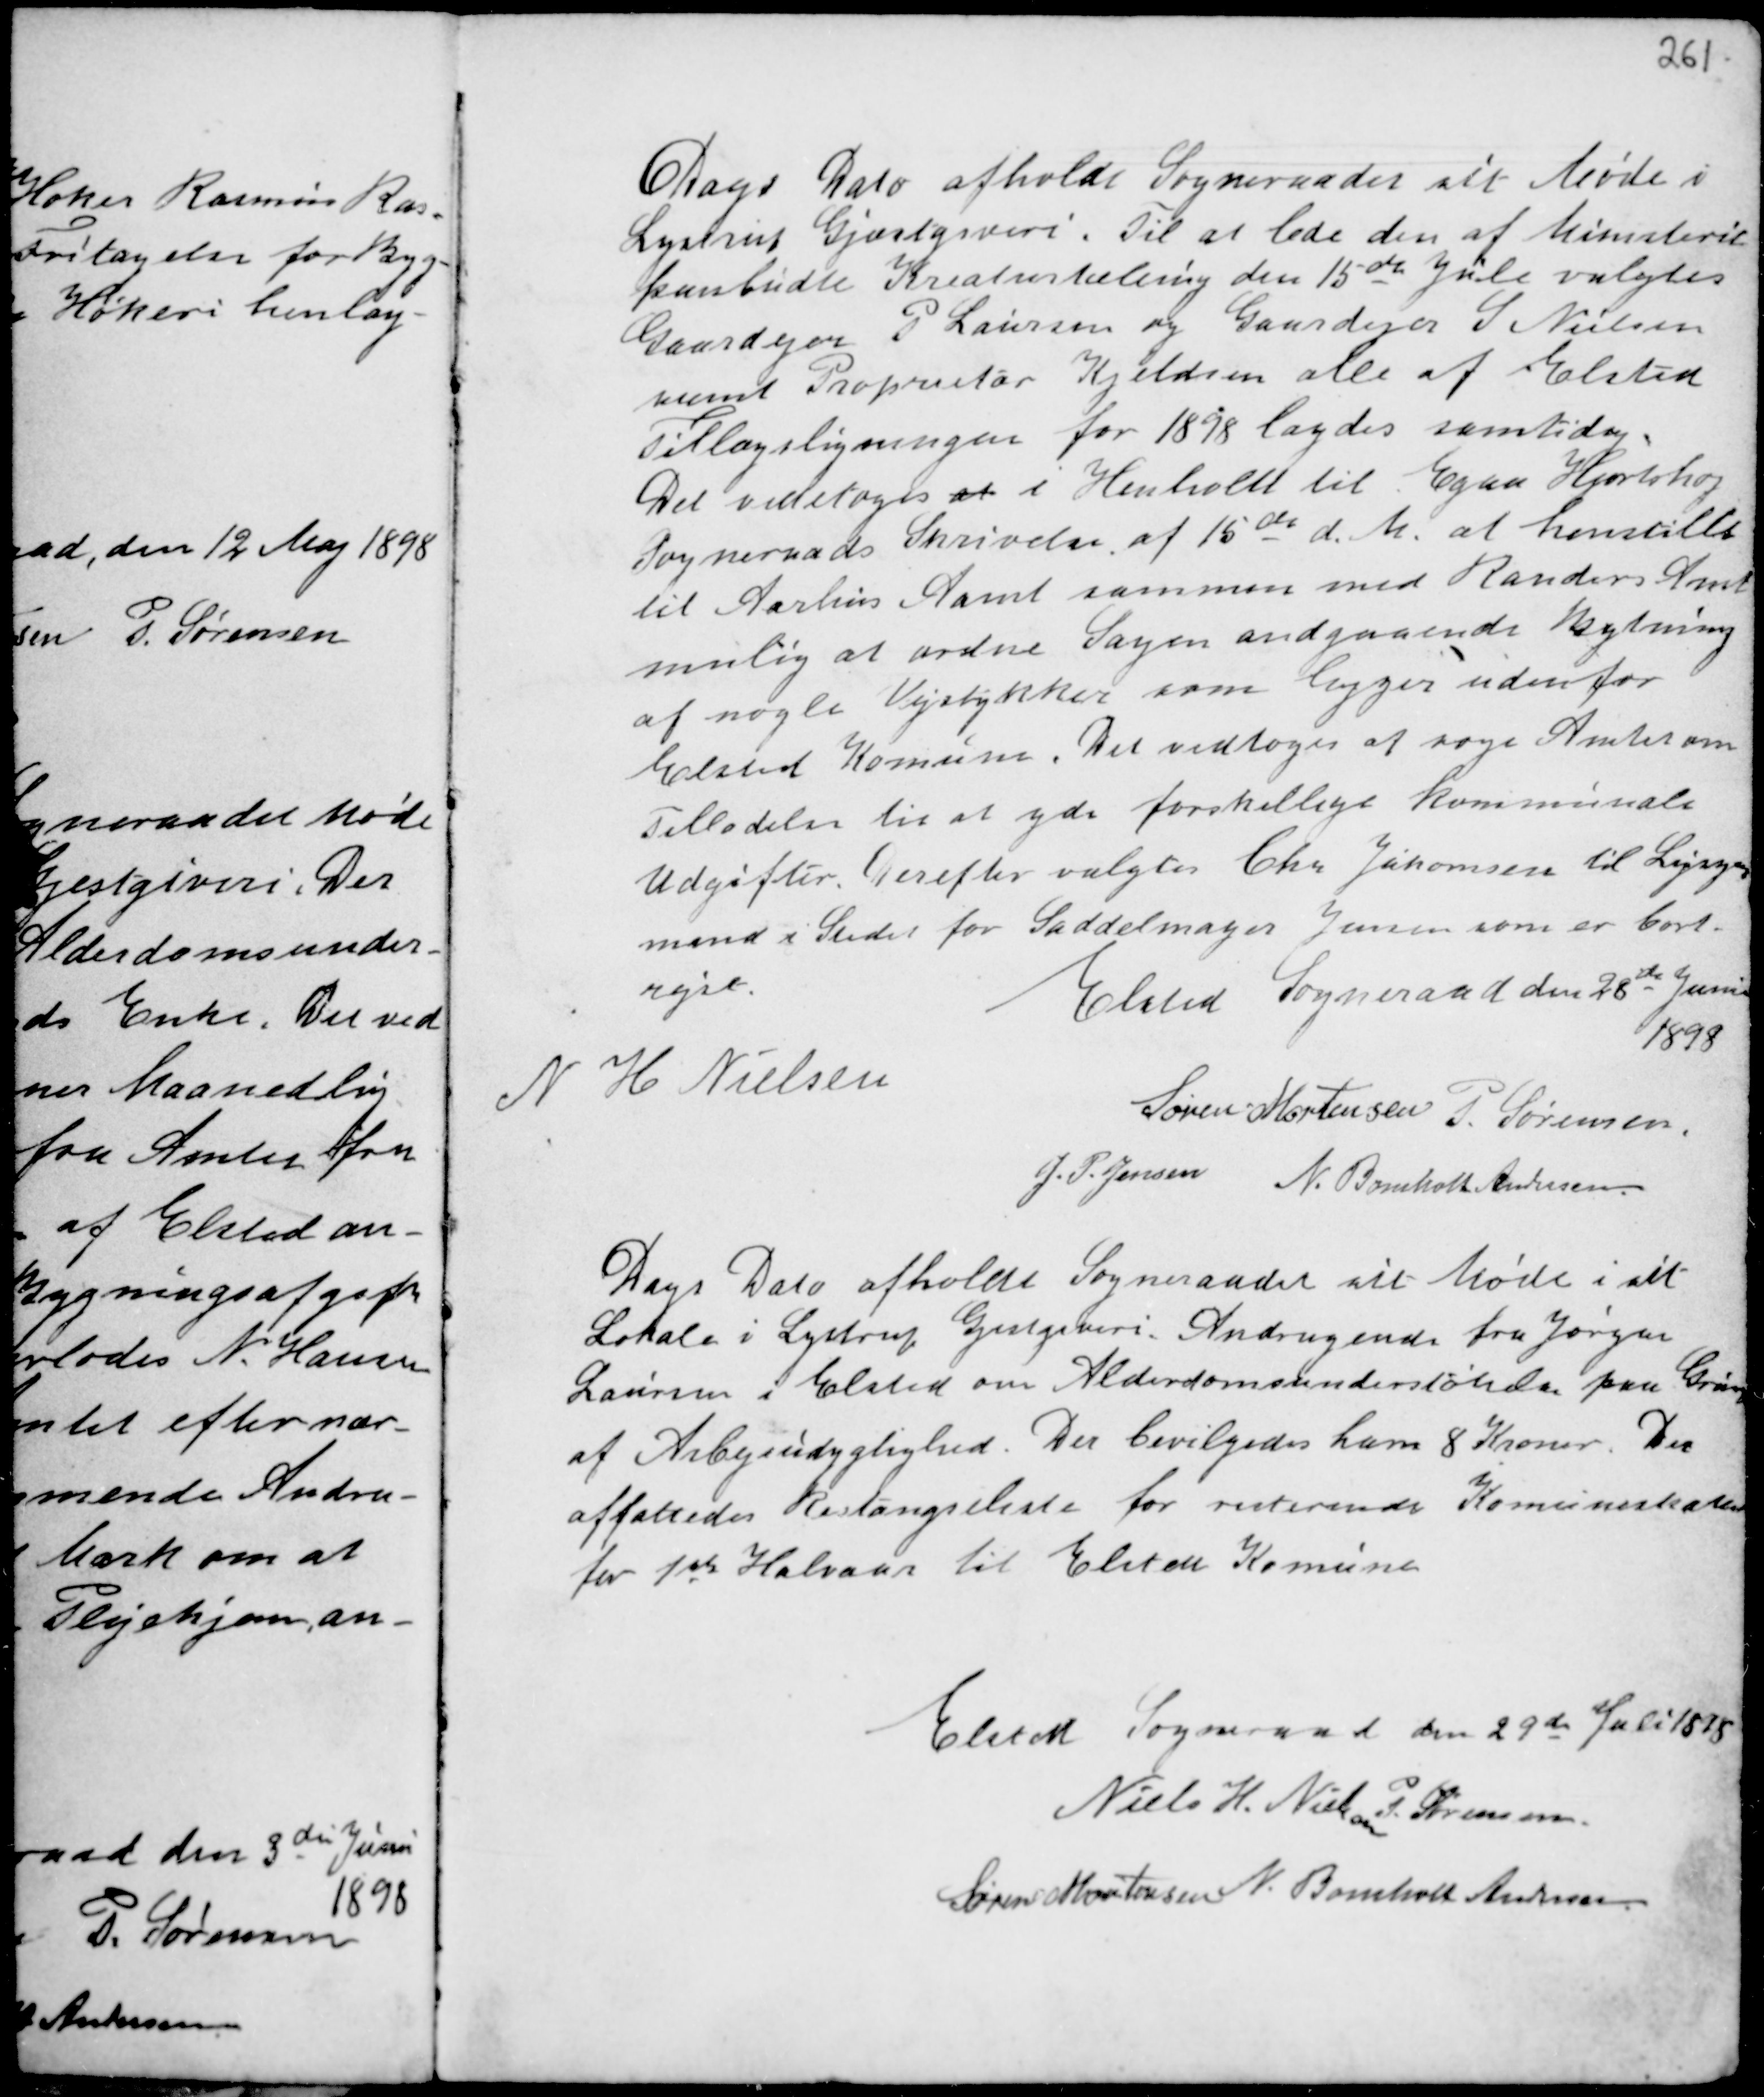
Transskription:
Dags Dato afholdt Sogneraadet sit Møde i
Lystrup Gjæstgiveri. Til at lede den Ministerit
paabudte Kreaturtælling den 15de Juli valgtes
Gaardejer P Laursen og Gaardejer S. Nielsen
samt Proprietær Kjeldsen alle af Elsted
Tillægsligningen for 1898 lagdes samtidig.
Det vedtoges at i Henhold til Egaa Hjortshøj
Sogneraads Skrivelse af 15de d.M. at henstille
til Aarhus Amt sammen med Randers Amt
mulig at ordne Sagen angaaende Bytning
af nogle Vejstykker som ligger udenfor
Elsted Komune. Det vedtoges at søge Amtet om
Tilladelse til at yde forskellige kommunale
Udgifter. Derefter valgtes Chr Jukomsen til Ligsyns
mand i Stedet for Saddelmager Jensen som er bort-
rejst.
Elsted Sogneraad den 28de Juni
1898
N H Nielsen
Søren Mortensen P. Sørensen
J. P. Jensen N. Bomholt Andersen

Dags Dato afholdt Sogneraadet sit Møde i sit
Lokale i Lystrup Gjæstgiveri. Andragende fra Jørgen
Laursen i Elsted om Alderdomsunderstøttelse paa Gru
af Arbejdsudygtighed. Der bevilgedes ham 8 Kroner. Der
affattedes Restangseliste for resterende Komuneskatter
for 1ste Halvaar til Elsted Komune.

Elsted Sogneraad den 29de Juli 1898
Niels H. Nielsen P. Sørensen
Søren Mortensen N. Bomholt Andersen